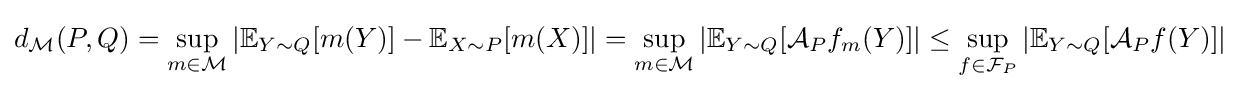
d_{\mathcal {M}}(P,Q)=\sup _{m\in {\mathcal {M}}}|\mathbb {E} _{Y\sim Q}[m(Y)]-\mathbb {E} _{X\sim P}[m(X)]|=\sup _{m\in {\mathcal {M}}}|\mathbb {E} _{Y\sim Q}[{\mathcal {A}}_{P}f_{m}(Y)]|\leq \sup _{f\in {\mathcal {F}}_{P}}|\mathbb {E} _{Y\sim Q}[{\mathcal {A}}_{P}f(Y)]|